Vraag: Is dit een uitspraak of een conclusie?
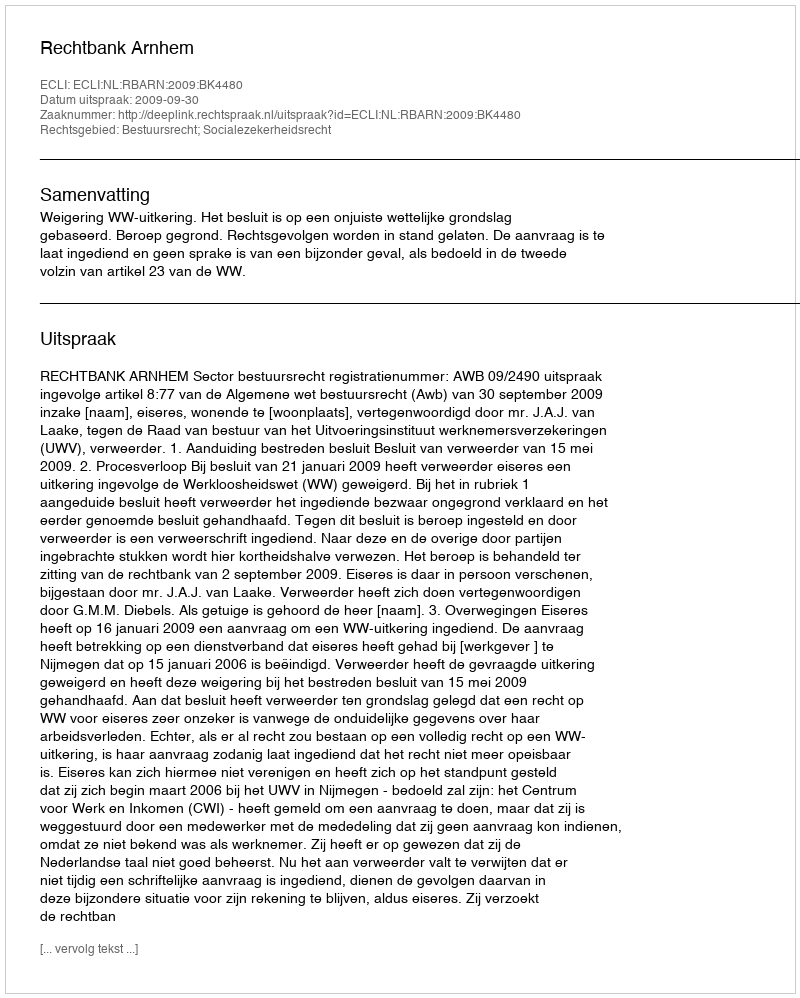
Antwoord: Uitspraak